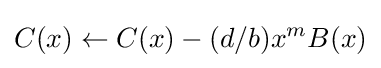
C(x)\gets C(x)-(d/b)x^{m}B(x)